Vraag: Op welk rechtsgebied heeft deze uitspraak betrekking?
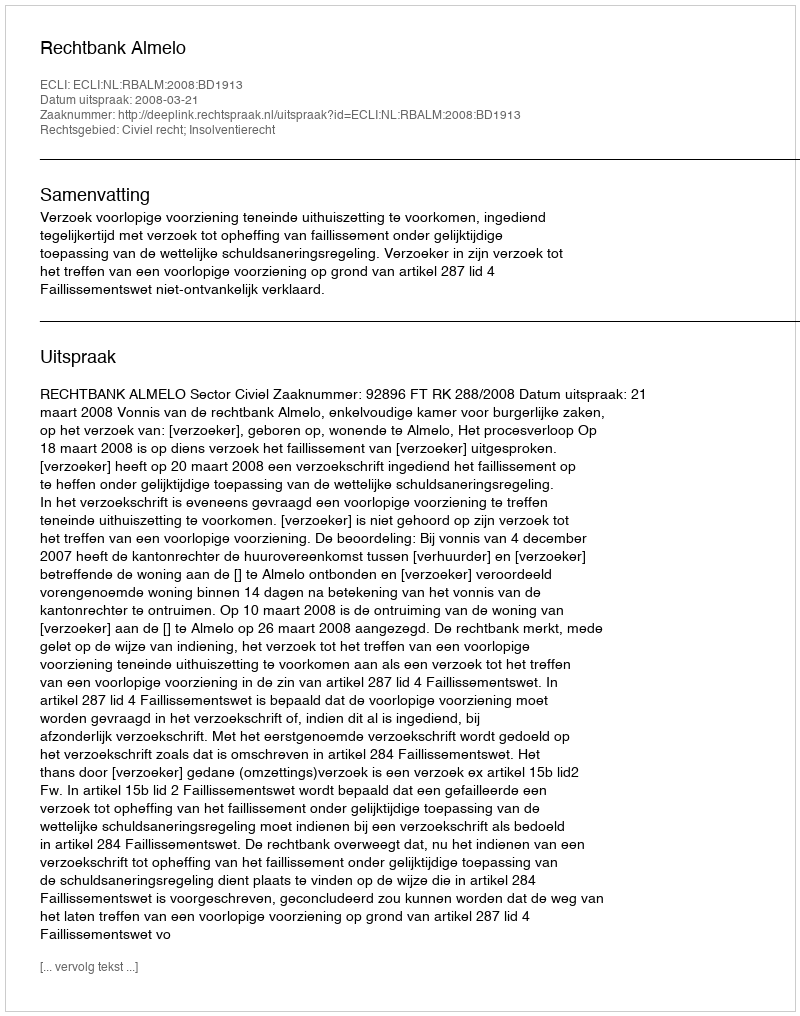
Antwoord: Civiel recht; Insolventierecht